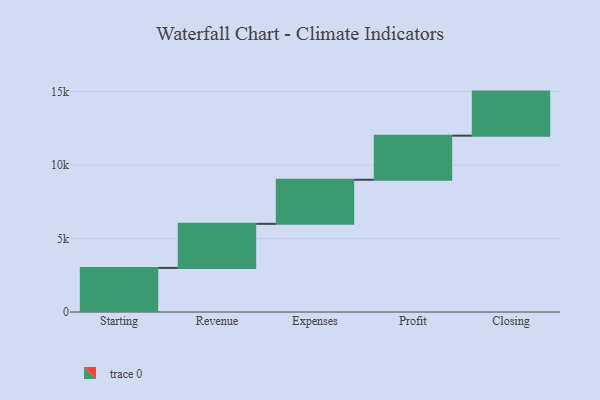
{"axis": {"x": "Step", "y": "Value"}, "legend": [""], "data": [{"x": "Starting", "y": 3000, "type": ""}, {"x": "Revenue", "y": 3000, "type": ""}, {"x": "Expenses", "y": 3000, "type": ""}, {"x": "Profit", "y": 3000, "type": ""}, {"x": "Closing", "y": 3000, "type": ""}]}